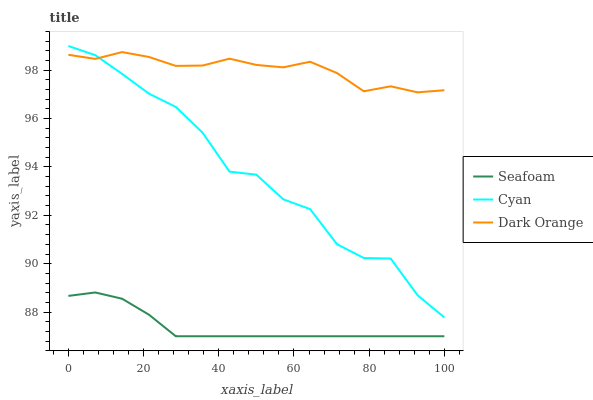
| xaxis_label | Seafoam | Cyan | Dark Orange |
 | --- | --- | --- | --- |
 | 0 | 88.7 | 99 | 98.6 |
 | 7.14 | 88.8 | 98.6 | 98.5 |
 | 14.3 | 88.6 | 97.8 | 98.7 |
 | 21.4 | 87.9 | 97 | 98.5 |
 | 28.6 | 87 | 96.5 | 98.2 |
 | 35.7 | 87 | 95.4 | 98.2 |
 | 42.9 | 87 | 93.8 | 98.5 |
 | 50 | 87 | 93.7 | 98.2 |
 | 57.1 | 87 | 92.7 | 98.1 |
 | 64.3 | 87 | 92.3 | 98.3 |
 | 71.4 | 87 | 90.8 | 97.9 |
 | 78.6 | 87 | 90.2 | 97.1 |
 | 85.7 | 87 | 90.2 | 97.3 |
 | 92.9 | 87 | 88.7 | 97.1 |
 | 100 | 87 | 87.8 | 97.2 |